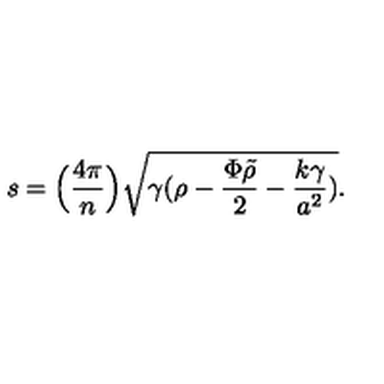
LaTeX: s = \Big ( { \frac { 4 \pi } { n } } \Big ) \sqrt { \gamma ( \rho - { \frac { \Phi \tilde { \rho } } { 2 } } - { \frac { k \gamma } { a ^ { 2 } } } ) } .